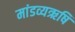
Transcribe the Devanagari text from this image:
मांडव्यऋषि